Riigikantselei, lk 117
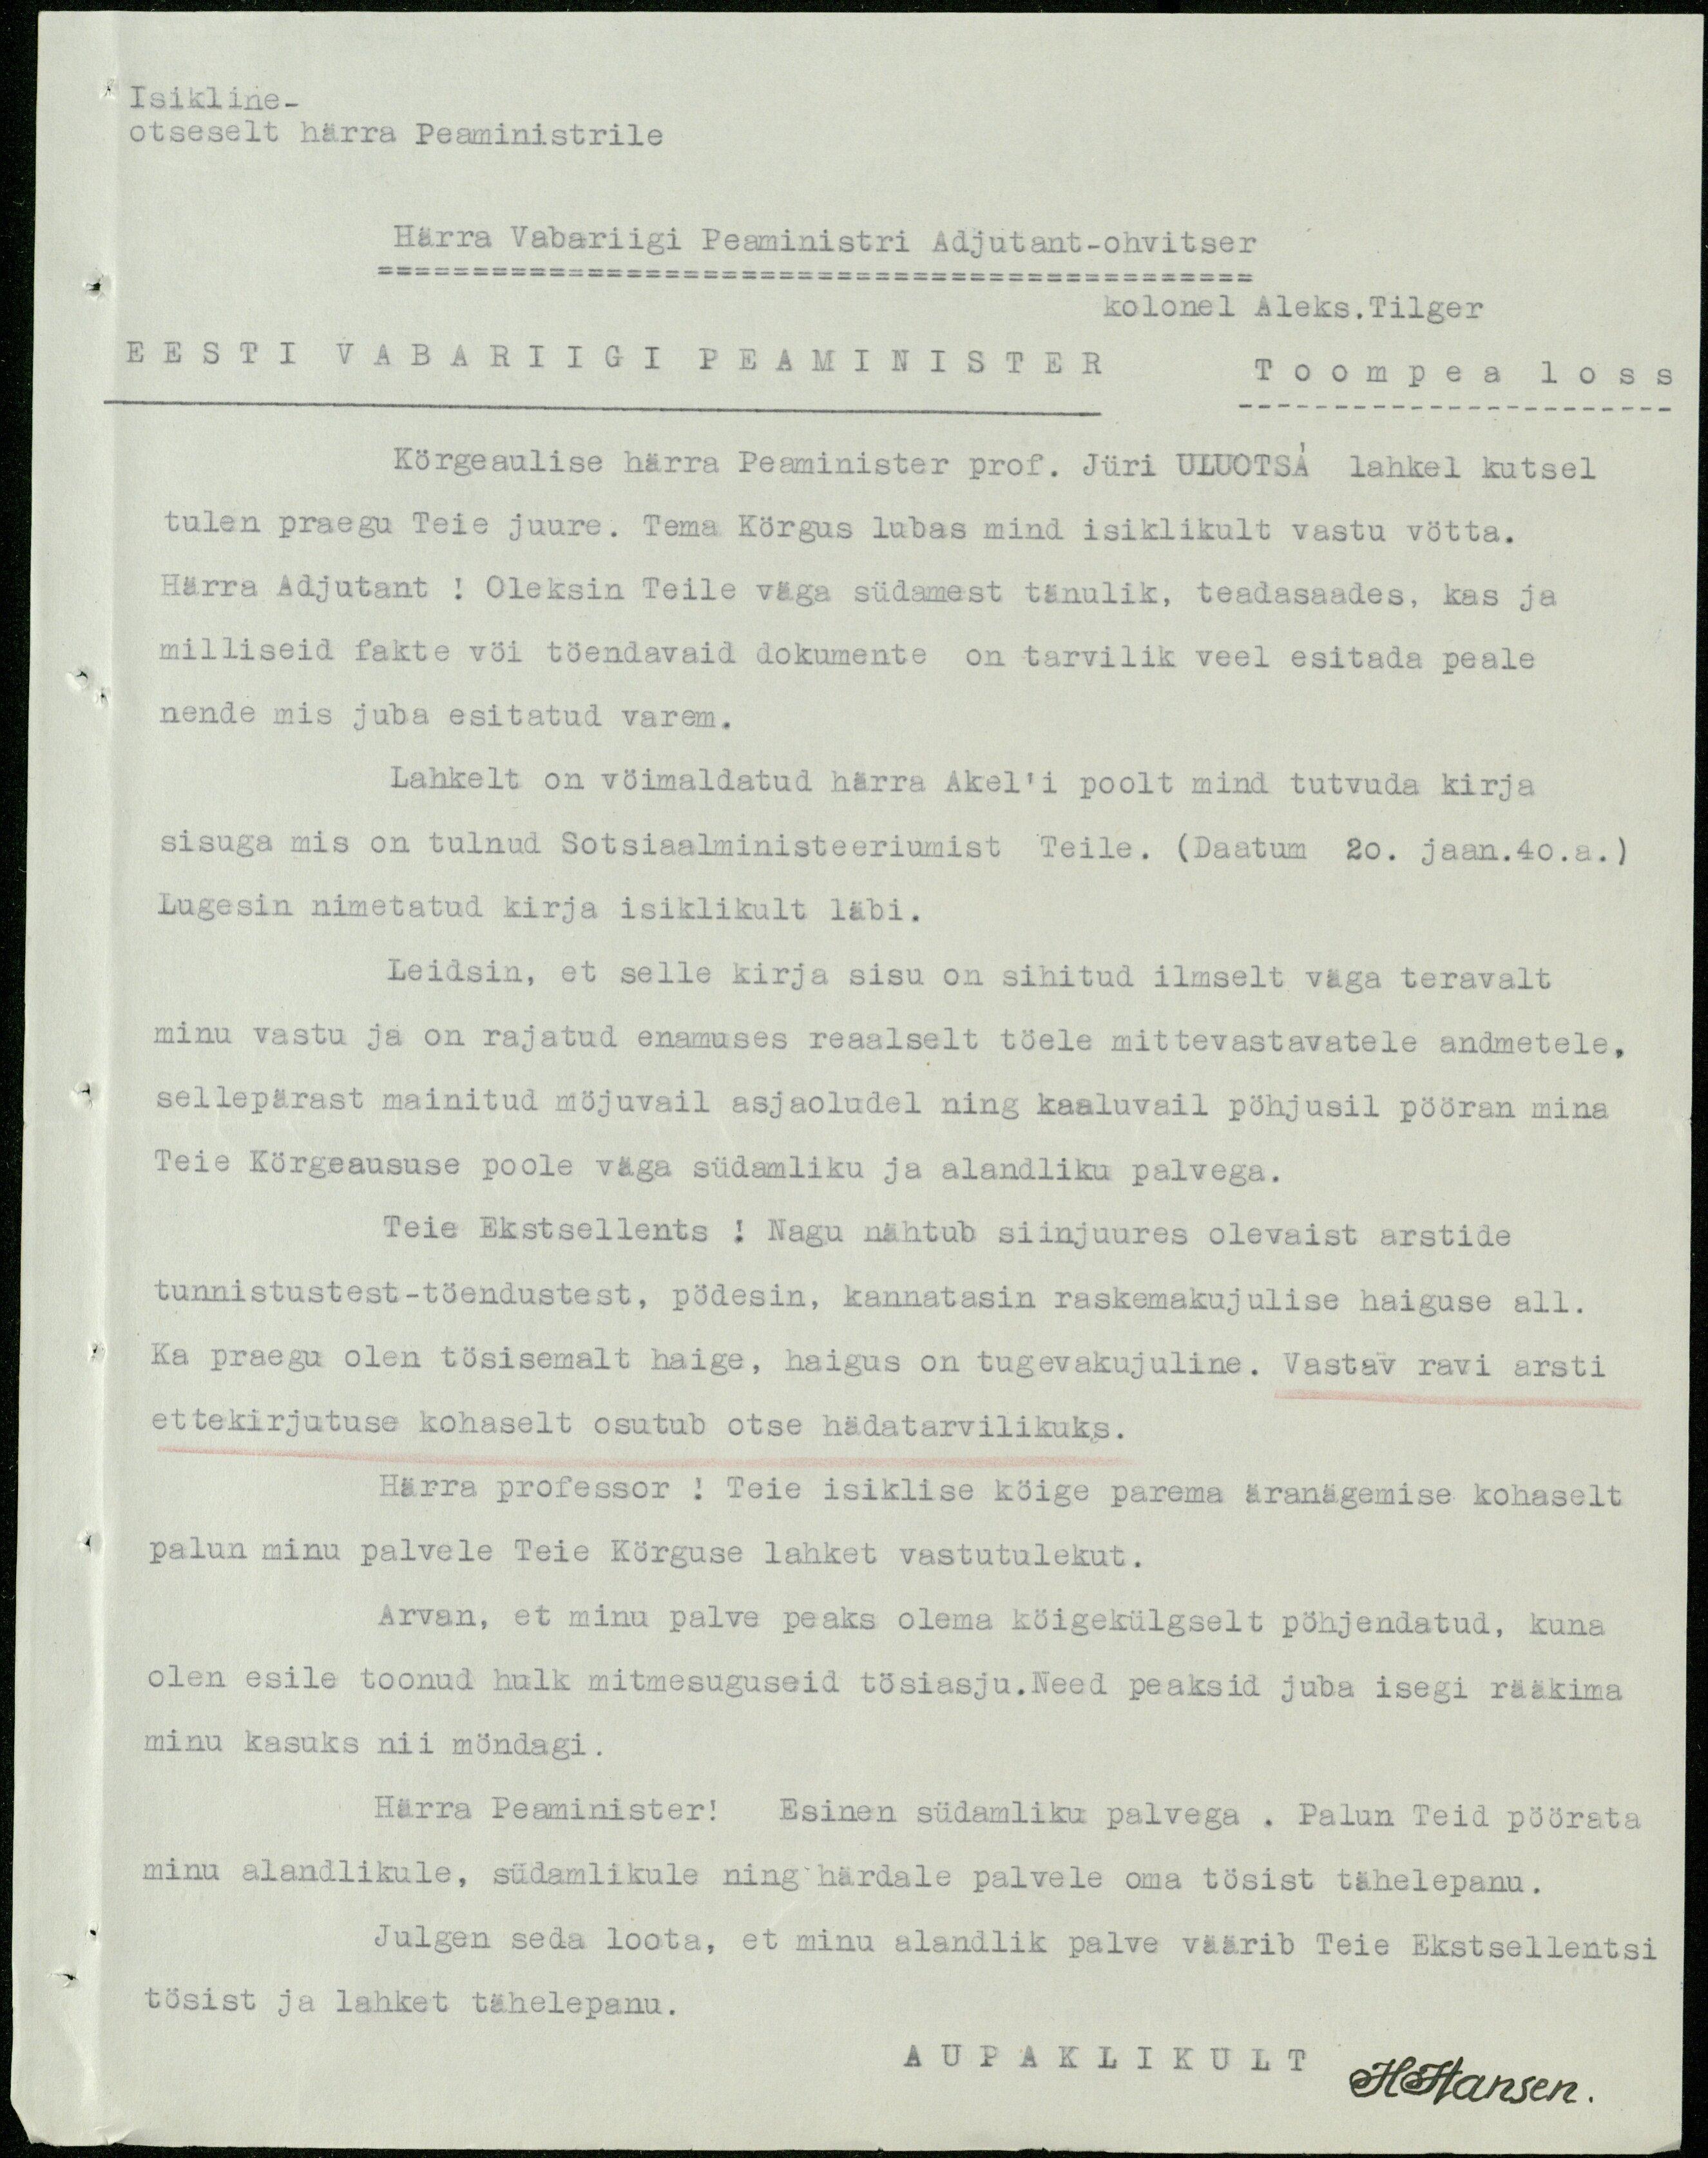
Isikline-
otseselt härra Peaministrile
Härra Vabariigi Peaministri Adjutant-ohvitser
kolonel Aleks. Tilger
EESTI VÄBARIIGILEAMIWISTER Toompea loss
Kõrgeaulise härra Peaminister prof. Jüri ULUOTSA lahkel kutsel
tulen praegu Teie juure. Tema Körgus lubas mind isiklikult vastu vötta.
Harra Adjutant! Oleksin Teile väga südamest tänulik, teadasaades, kas ja
milliseid fakte või tõendavaid dokumente on tarvilik veel esitada peale
nende mis juba esitatud varem.
Lahkelt on võimaldatud härra Akel'i poolt mind tutvuda kirja
sisuga mis on tulnud Sotsiaalministeeriumist Teile. (Daatum 20. jaan.40.a.)
Lugesin nimetatud kirja isiklikult läbi.
Leidsin, et selle kirja sisu on sihitud ilmselt väga teravalt
minu vastu ja on rajatud enamuses reaalselt töele mittevastavatele andmetele,
sellepärast mainitud mõjuvail asjaoludel ning kaaluvail põhjusil pööran mina
Teie Körgeaususe poole väga südamliku ja alandliku palvega.
Teie Ekstsellents! Nagu nähtub siinjuures olevaist arstide
tunnistust-tõendustest, pödesin, kannatasin raskemakujulise haiguse all.
Ka praegu olen tõsisemalt haige, haigus on tugevakujuline. Vastav ravi arsti
ettekirjutuse kohaselt osutub otse hädatarvilikuks.
Harra professor! Teie isiklise köige parema äranägemise kohaselt
palun minu palvele Teie Kõrguse lahket vastutulekut.
Arvan, et minu palve peaks olema kõigekülgselt põhjendatud, kuna
olen esile toonud hulk mitmesuguseid tõsiasju. Need peaksid juba isegi rääkima
minu kasuks nii mõndagi.
Härra Peaminister! Esinen südamliku palvega. Palun Teid pöörata
minu alandlikule, südamlikule ning härdale palvele oma tõsist tähelepanu.
Julgen seda loota, et minu alandlik palve väärib Teie Ekstsellentsi
tösist ja lahket tähelepanu.
AUPAKLIKULT
H. Hansen.